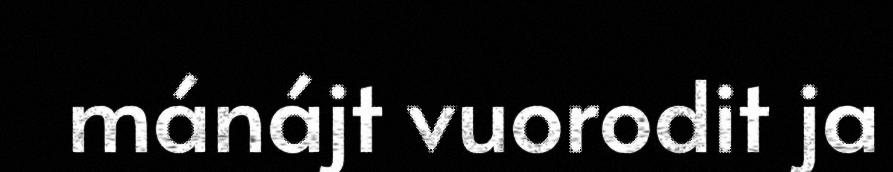
mánájt vuorodit ja